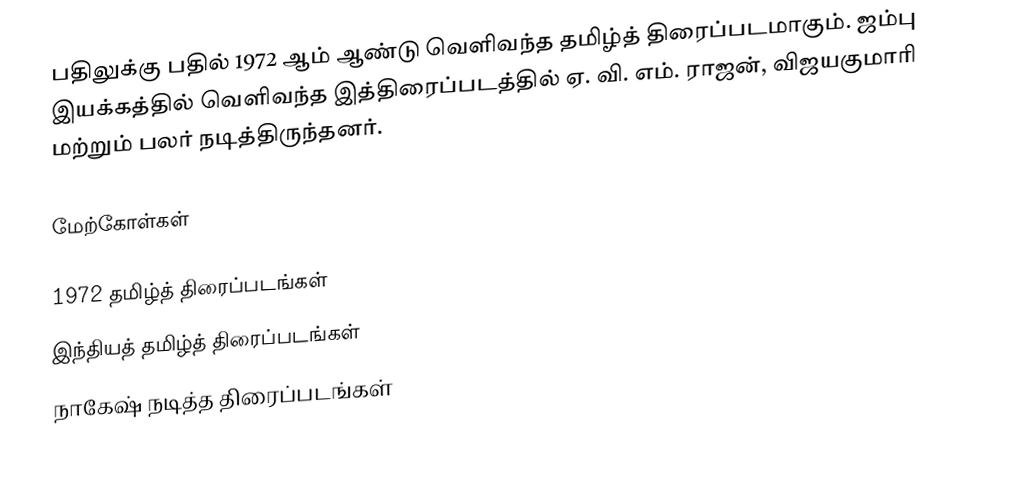
பதிலுக்கு பதில் 1972 ஆம் ஆண்டு வெளிவந்த தமிழ்த் திரைப்படமாகும். ஜம்பு இயக்கத்தில் வெளிவந்த இத்திரைப்படத்தில் ஏ. வி. எம். ராஜன், விஜயகுமாரி மற்றும் பலர் நடித்திருந்தனர்.

மேற்கோள்கள்

1972 தமிழ்த் திரைப்படங்கள்
இந்தியத் தமிழ்த் திரைப்படங்கள்
நாகேஷ் நடித்த திரைப்படங்கள்